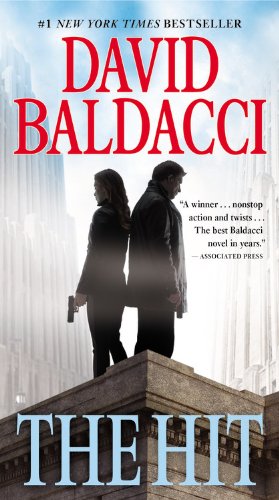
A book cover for The Hit (Will Robie); David Baldacci; Mystery, Thriller & Suspense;